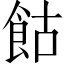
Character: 𩚩